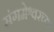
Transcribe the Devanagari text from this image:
संगमेश्वरच्या